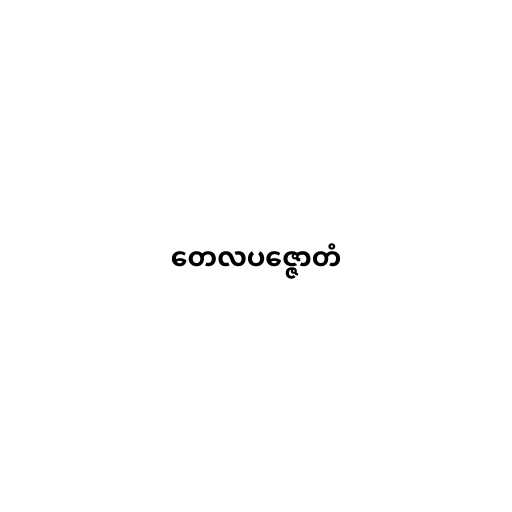
တေလပဇ္ဇောတံ